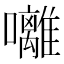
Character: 囄